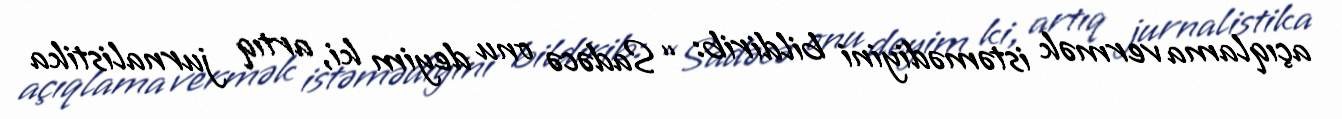
açıqlama vermək istəmədiyini bildirib: “Sadəcə onu deyim ki, artıq jurnalistika